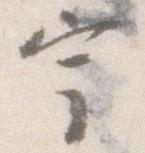
宇